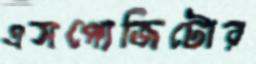
এসপোজিটোর